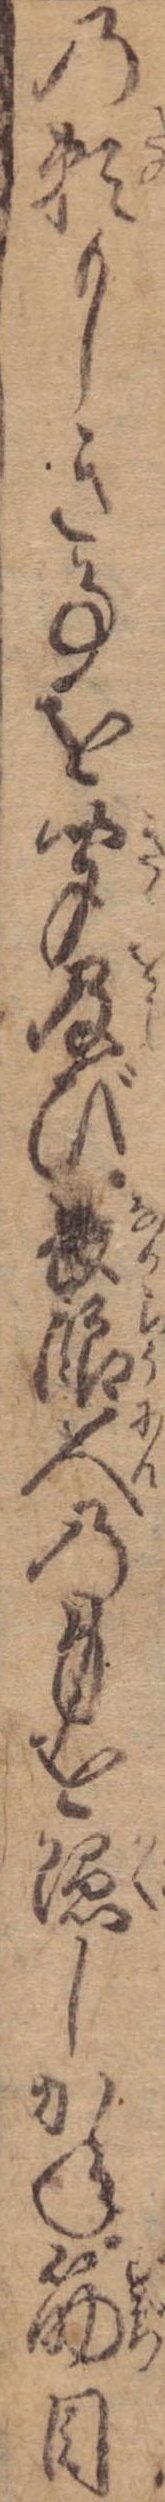
の頼もしき事を聞及び長浪人の身を隠しかね筋目